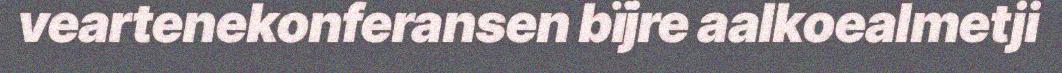
veartenekonferansen bïjre aalkoealmetji